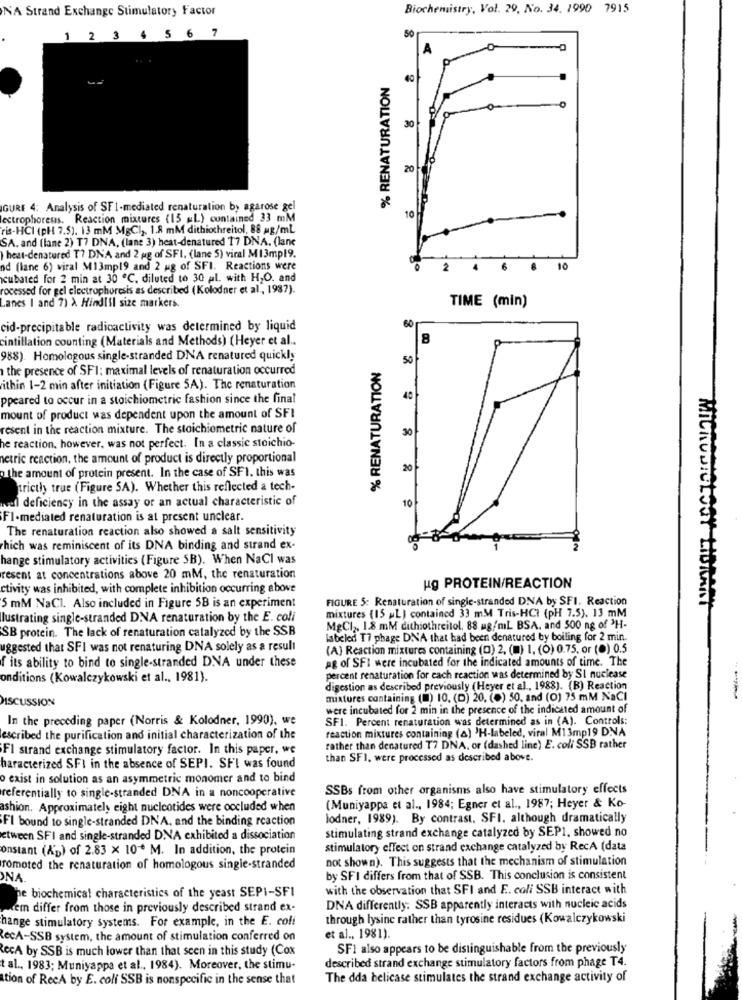
NA Strand Exchange Stimulatory Factor
Biochemistry, Vol. 29, No. 34. 1990 7915
2 3 4 5 6 7
50
1
A
% RENATURATION
30 1
IGURE 4: Analysis of SF1-mediated renaturation by agarose gel
lectrophoress. Reaction mixtures (15 ML) contained 33 mM
10
ris-HCI (pH 7.5). 13 mM MgCl), 1.8 mM dithiochreitol, 88 mg/ml
SA. and (lane 2) T7 DNA, (lane 3) heat-denatured 17 DNA. (lane
)heat-denatured T7 DNA and 2 gg of SFI, (lane 5) viral M13mpl9.
nd (lane 6) wiral M13mp19 and 2 ug of SFI. Reactions were
2
4
6
10
cubated for 2 min at 30 ℃. diluted to 30 pl. with H2O. and
rocessed for gel electrophoresis as described (Kolodner et al, 1987).
Lanes I and 7) & HindIll size markers.
TIME (min)
60
cid-precipitable radioactivity was determined by liquid
cintillation counting (Materials and Methods) (Heyer et al ..
8
988). Homologous single-stranded DNA renatured quickly
50
the presence of SFI: maximal levels of renaturation occurred
% RENATURATION
ithin 1-2 min after initiation (Figure 5A). The renaturation
ppeared to occur in a stoichiometric fashion since the final
40
mount of product was dependent upon the amount of SFI
resent in the reaction mixture. The stoichiometric nature of
30
he reaction. however, was not perfect. In a classic stoichio-
hetric reaction, the amount of product is directly proportional
o the amount of protein present. In the case of SF1. this was
20
tricthy true (Figure SA). Whether this reflected a tech-
val deficiency in the assay or an actual characteristic of
10
FI-mediated renaturation is at present unclear.
The renaturation reaction also showed a salt sensitivity
hich was reminiscent of its DNA binding and strand ex-
hange stimulatory activities (Figure SB). When NaCl was
resent at concentrations above 20 mM, the renaturation
ctivity was inhibited, with complete inhibition occurring above
ug PROTEIN/REACTION
FIGURE 5: Renaturation of single-stranded DNA by SFI. Reaction
5 mM NaCl. Also included in Figure 5B is an experiment
mixtures (15 ,L) contained 33 mM Tris-HCI (pH 7.5). 13 mM
lustrating single-stranded DNA renaturation by the E. coli
SB protein. The lack of renaturation catalyzed by the SSB
MgCl ,, 1.8 mM dithiothreitol, 88 ug/mL BSA. and 500 ng of 'H-
labeled T7 phage DNA that had been denatured by boiling for 2 min.
ggested that SFI was not renaturing DNA solely as a result
(A) Reaction mixtures containing (0) 2, (m) I, (0) 0.75, or (0) 0.5
f its ability to bind to single-stranded DNA under these
ag of SFI were incubated for the indicated amounts of time. The
onditions (Kowalczykowski et al ., 1981).
percent renaturation for each reaction was determined by SI nuclease
digestion as described previously (Heyer et al ., 1988). (B) Reaction
DISCUSSION
mixtures containing (m) 10. (D) 20. (+) 50. and (0) 75 mM NaCI
were incubated for 2 min in the presence of the indicated amount of
In the preceding paper (Norris & Kolodner, 1990), we
SF1. Percent renaturation was determined as in (A). Controls:
reaction mixtures containing (a) 'H-labeled, viral M1 3mp19 DNA
escribed the purification and initial characterization of the
FI strand exchange stimulatory factor. In this paper, we
rather than denatured T7 DNA, or (dashed line) E. coli SSB rather
than SFI. were processed as described above.
haracterized SFI in the absence of SEPI. SFI was found
o exist in solution as an asymmetric monomer and to bind
referentially to single-stranded DNA in a noncooperative
SSBs from other organisms also have stimulatory effects
ashion. Approximately eight nucleotides were occluded when
(Muniyappa et al ., 1984; Egner et al ., 1987; Heyer & Ko-
Fl bound to single-stranded DNA, and the binding reaction
lodner, 1989). By contrast, SFI. although dramatically
stimulating strand exchange catalyzed by SEP1, showed no
Etween SFI and single-stranded DNA exhibited a dissociation
onstant (Ap) of 2.83 x 10 M. In addition, the protein
stimulatory effect on strand exchange catalyzed by RecA (data
not shown). This suggests that the mechanism of stimulation
romoted the renaturation of homologous single-stranded
NA
by SFI differs from that of SSB. This conclusion is consistent
with the observation that SFI and E. coli SSB interact with
he biochemical characteristics of the yeast SEPI-SFI
kem differ from those in previously described strand ex-
DNA differently: SSB apparently interacts with nucleic acids
hange stimulatory Systems. For example, in the E. coli
through lysine rather than tyrosine residues (Kowalczykowski
RecA-SSB system, the amount of stimulation conferred on
et al ., 1981).
RecA by SSB is much lower than that seen in this study (Cox
SF1 also appears to be distinguishable from the previously
described strand exchange stimulatory factors from phage T4.
t al ., 1983; Muniyappa et al ., 1984). Moreover, the stimu-
tion of RecA by E. coli SSB is nonspecific in the sense that
The dda belicase stimulates the strand exchange activity of